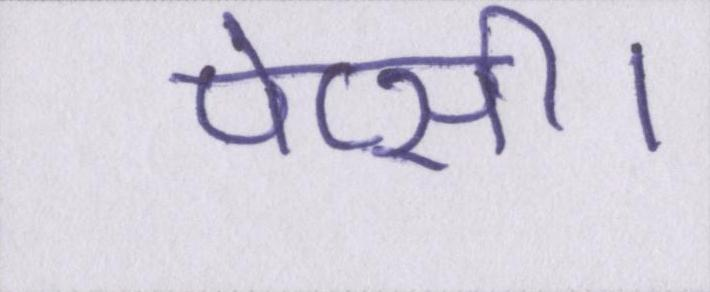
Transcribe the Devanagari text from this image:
पेप्सी।